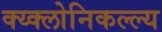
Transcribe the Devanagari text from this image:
क्य्क्लोनिकल्ल्य